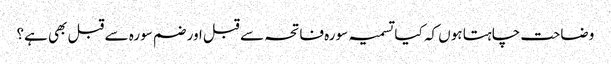
وضاحت چاہتا ہوں کہ کیا تسمیہ سورہ فاتحہ سے قبل اور ضم سورہ سے قبل بھی ہے؟